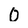
Character: 0